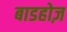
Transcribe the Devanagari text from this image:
बाडहोज़